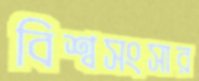
বিশ্বসংসার